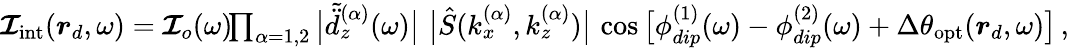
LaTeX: \begin{array}{r}{\boldsymbol{\mathcal{I}}_{\mathrm{int}}(\boldsymbol{r}_{d},\omega)=\boldsymbol{\mathcal{I}}_{o}(\omega)\! \! \prod_{\alpha=1,2}\big|\tilde{\ddot{d}}_{z}^{(\alpha)}(\omega)\big|\, \, \big|\hat{S}(k_{x}^{(\alpha)},k_{z}^{(\alpha)})\big|\, \cos\big[\phi_{dip}^{(1)}(\omega)-\phi_{dip}^{(2)}(\omega)+\Delta\theta_{\mathrm{opt}}(\boldsymbol{r}_{d},\omega)\big]\, ,}\end{array}